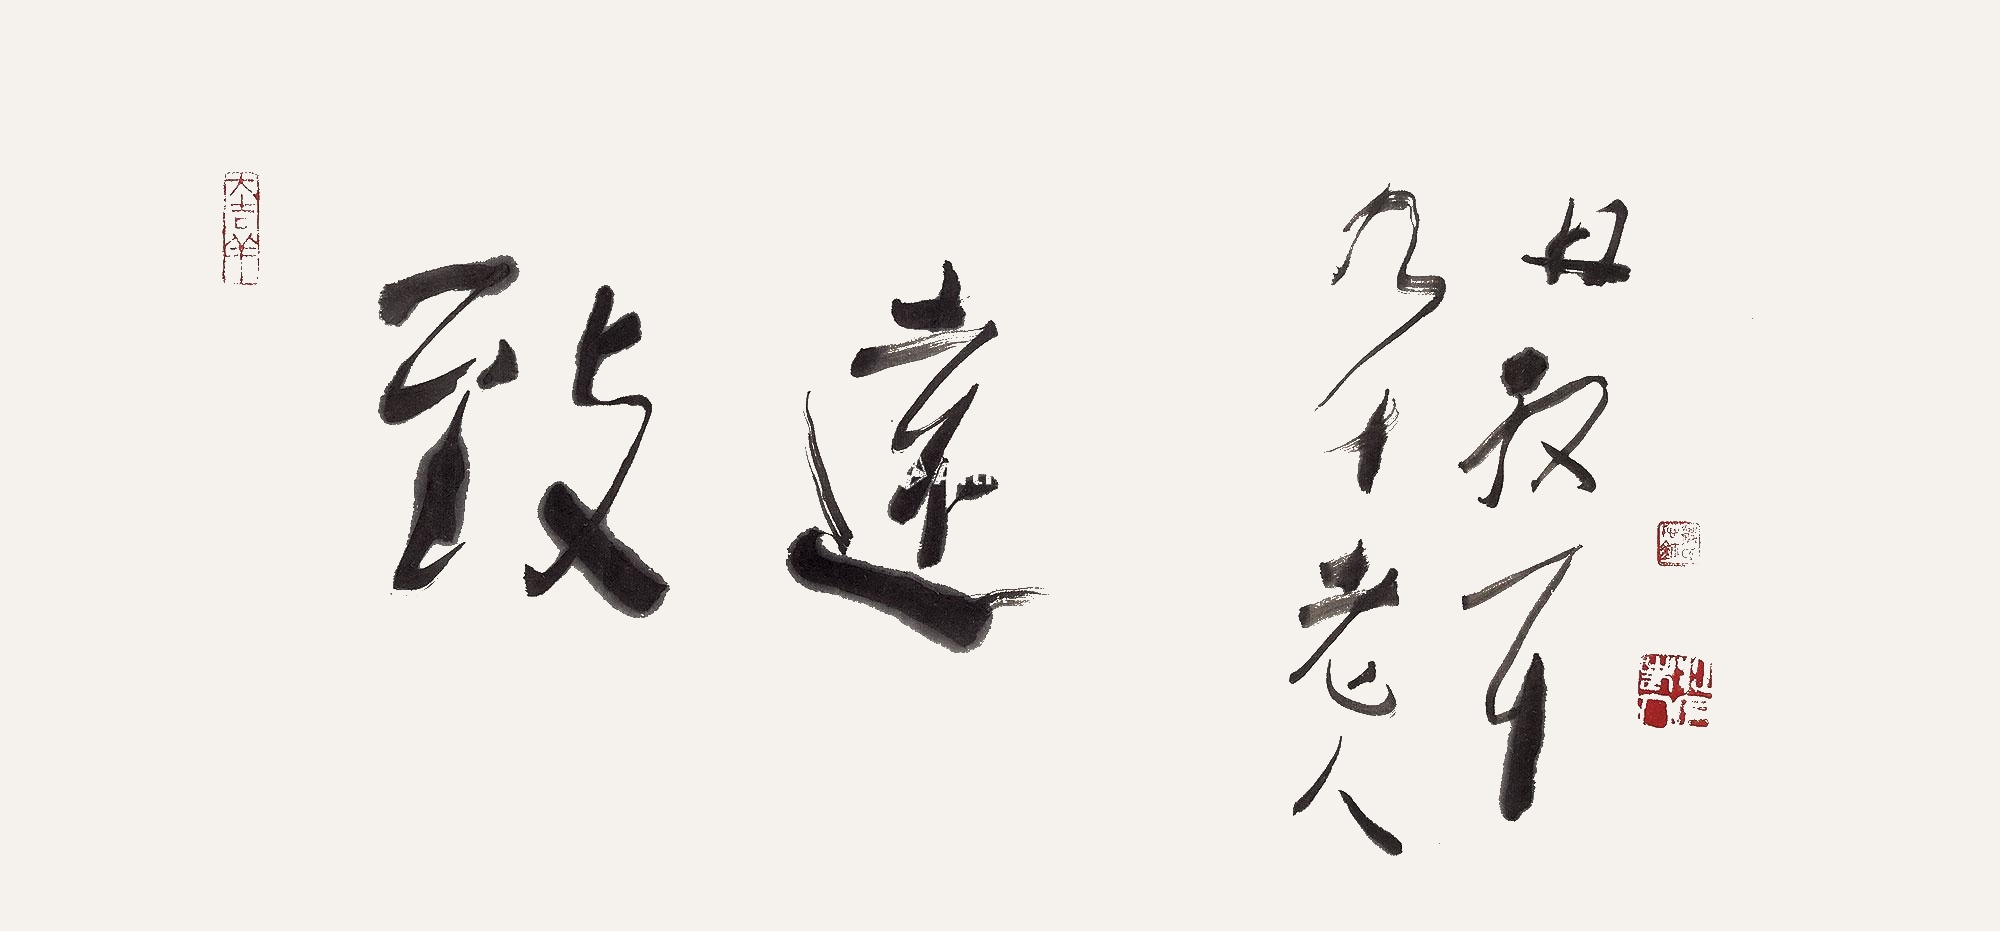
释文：致远。九十老人林散耳。